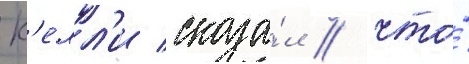
К'елл'и сказа́л / что́